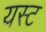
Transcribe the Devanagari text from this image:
यस्ट